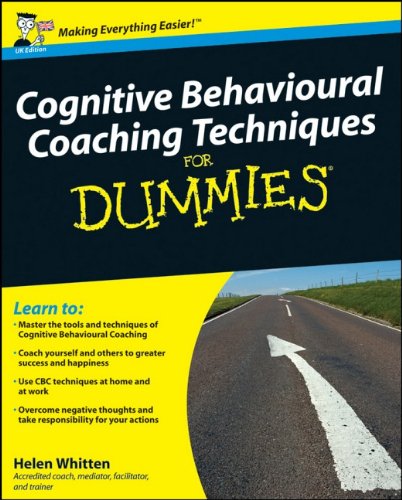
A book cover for Cognitive Behavioural Coaching Techniques For Dummies; Helen Whitten; Self-Help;